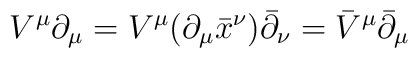
V^{\mu }\partial _{\mu }=V^{\mu }(\partial _{\mu }{\bar{x}}^{\nu })\bar{\partial}_{\nu }={\bar{V}}^{\mu }{\bar{\partial }}_{\mu }